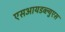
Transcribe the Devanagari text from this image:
एसआयडब्ल्युएस